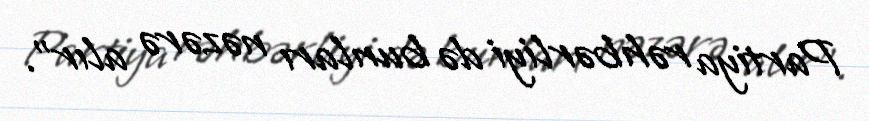
Partiya rəhbərliyi də bunları nəzərə alır”.